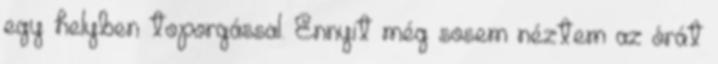
egy helyben toporgással. Ennyit még sosem néztem az órát